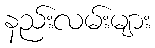
နည်းလမ်းများ